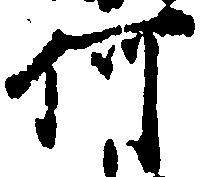
何